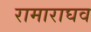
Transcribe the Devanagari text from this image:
रामाराघव